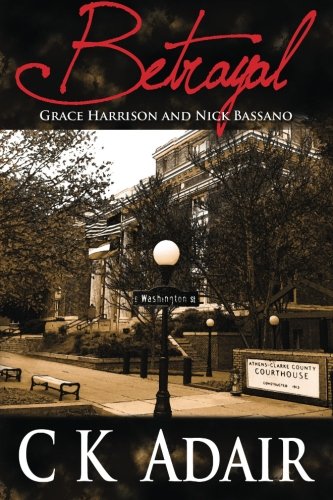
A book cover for Betrayal: Grace Harrison and Nick Bassano (Volume 1); C K Adair; Romance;